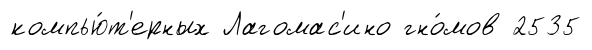
компью́т'ерных Лагомас'ино гно́мов 2535